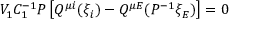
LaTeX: V _ { 1 } C _ { 1 } ^ { - 1 } { \cal P } \left[ Q ^ { \mu i } ( \xi _ { i } ) - Q ^ { \mu E } ( { \cal P } ^ { - 1 } \xi _ { E } ) \right] = 0